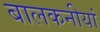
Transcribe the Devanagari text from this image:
बालकनीयां